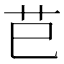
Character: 𦬊